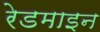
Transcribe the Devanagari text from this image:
रेडमाइन